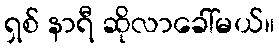
ရှစ် နာရီ ဆိုလာခေါ်မယ်။